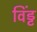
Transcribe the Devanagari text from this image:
विंड्ट